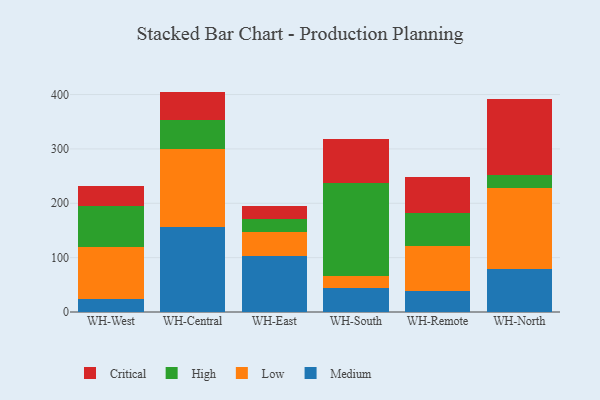
{"axis": {"x": "Warehouse", "y": "Shipments"}, "legend": ["Critical", "High", "Low", "Medium"], "data": [{"x": "WH-West", "y": 23.4, "type": "Medium"}, {"x": "WH-West", "y": 96.5, "type": "Low"}, {"x": "WH-West", "y": 75.9, "type": "High"}, {"x": "WH-West", "y": 36.7, "type": "Critical"}, {"x": "WH-Central", "y": 157.1, "type": "Medium"}, {"x": "WH-Central", "y": 142.1, "type": "Low"}, {"x": "WH-Central", "y": 54.1, "type": "High"}, {"x": "WH-Central", "y": 52.1, "type": "Critical"}, {"x": "WH-East", "y": 103.0, "type": "Medium"}, {"x": "WH-East", "y": 44.0, "type": "Low"}, {"x": "WH-East", "y": 23.8, "type": "High"}, {"x": "WH-East", "y": 24.4, "type": "Critical"}, {"x": "WH-South", "y": 44.3, "type": "Medium"}, {"x": "WH-South", "y": 21.7, "type": "Low"}, {"x": "WH-South", "y": 170.5, "type": "High"}, {"x": "WH-South", "y": 82.1, "type": "Critical"}, {"x": "WH-Remote", "y": 39.3, "type": "Medium"}, {"x": "WH-Remote", "y": 81.7, "type": "Low"}, {"x": "WH-Remote", "y": 61.5, "type": "High"}, {"x": "WH-Remote", "y": 66.0, "type": "Critical"}, {"x": "WH-North", "y": 78.8, "type": "Medium"}, {"x": "WH-North", "y": 150.0, "type": "Low"}, {"x": "WH-North", "y": 22.7, "type": "High"}, {"x": "WH-North", "y": 139.4, "type": "Critical"}]}